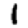
Digit: 1